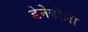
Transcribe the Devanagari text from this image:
डेनेबोला